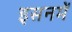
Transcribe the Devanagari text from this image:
इसनमें